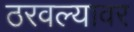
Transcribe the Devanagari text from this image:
ठरवल्यावर